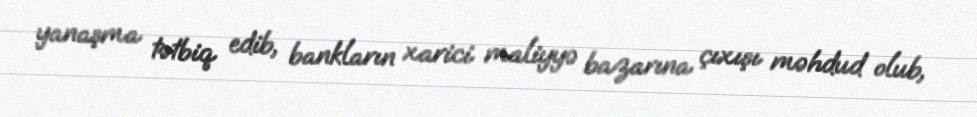
yanaşma tətbiq edib, bankların xarici maliyyə bazarına çıxışı məhdud olub,